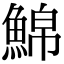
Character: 𩸊